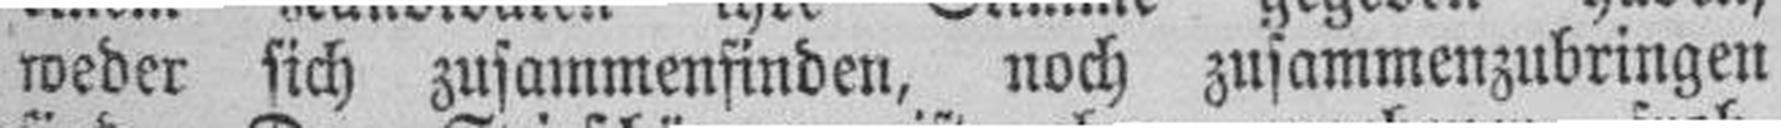
weder sich zusammenfinden, noch zusammenzubringen